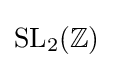
\operatorname {SL} _{2}(\mathbb {Z} )